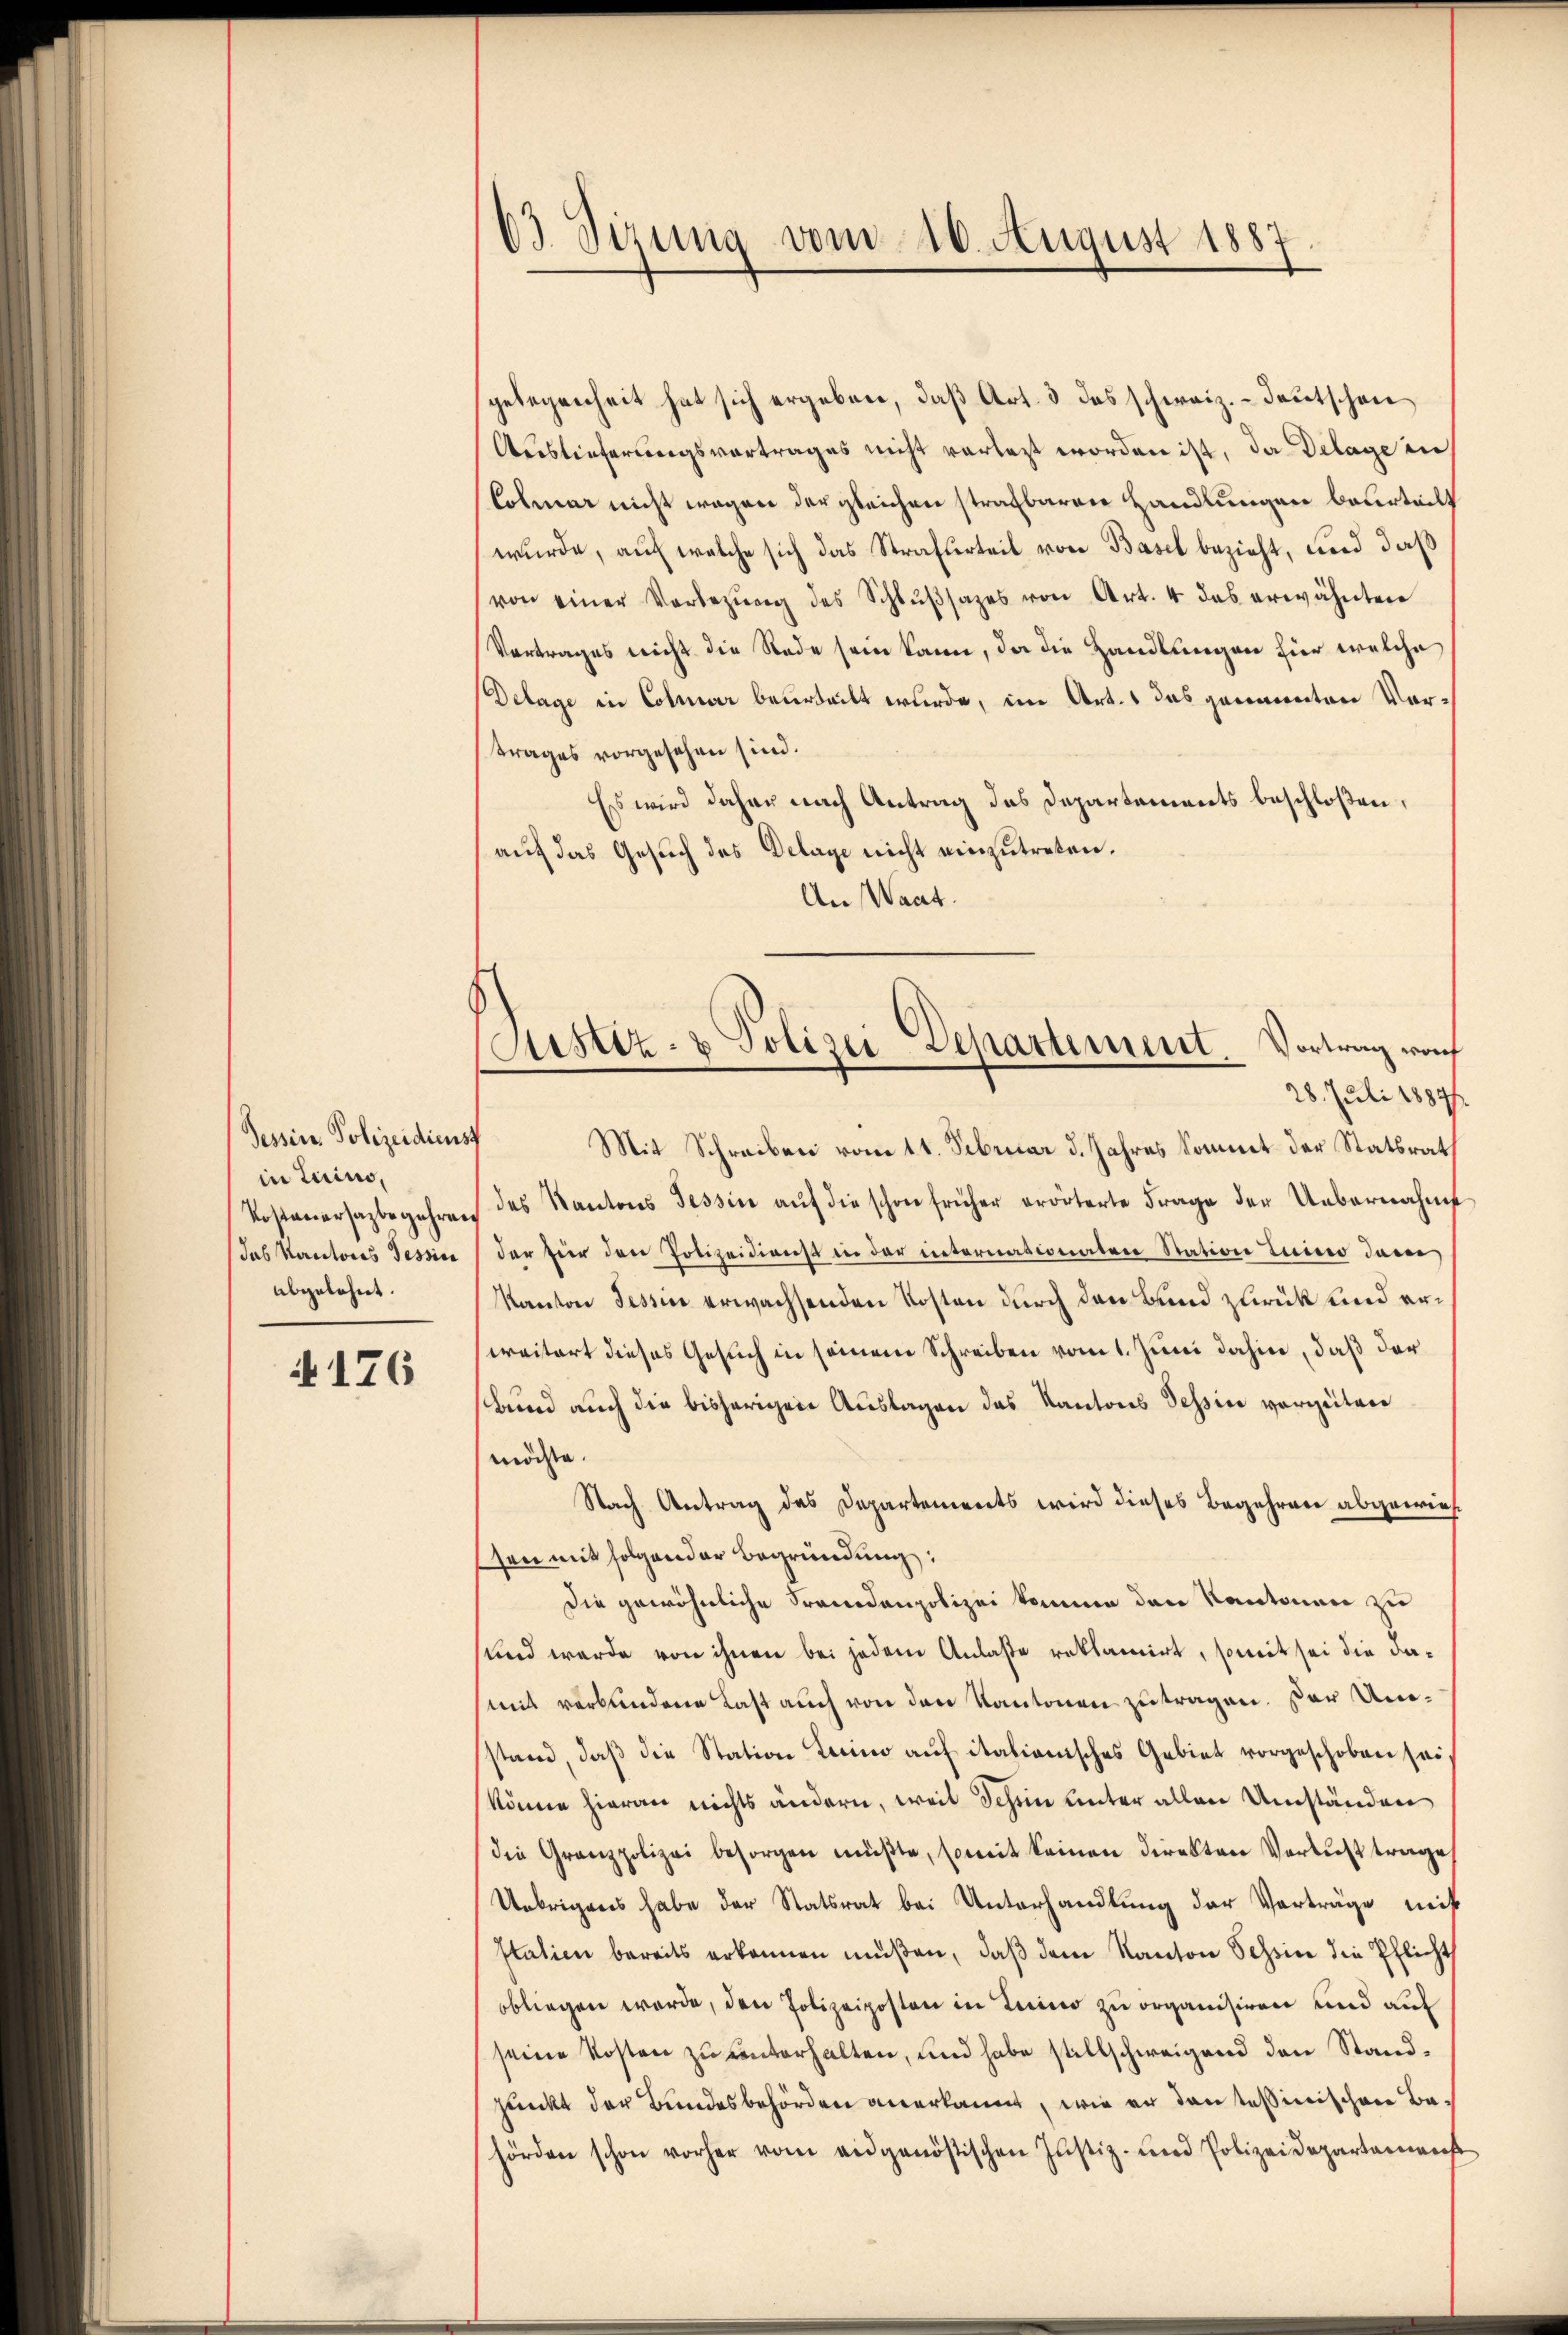
Tessin Polizeidienst
in Turino,
Kostenersagbegehren
Jas Kantons Tessin
abgelehnt.

N 176

03. Sizung vom 16. August 1887

gelegenheit hat sich ergeben, daß Art. 3 das schweiz.- Deutschen
Auslieferungsvortrages nicht vorlegt worden ist, da Delage in
Colmar nicht wegen der gleichen strafbaren Handlungen beurteilt
wurde, auf welche sich das Strafurteil von Basel bezieht, und daß
(von einer Verbezŭg des Schlŭβsazes von Art. 4 das erwähnten
Vortrages nicht die Rede sein kann, da die Handlungen für welche
Delage in Colmar beurteilt wurde, im Art. 1 das genannten Vortrages vorgesehen sind.
Es wird daher nach Antrag des Departements beschloßen,
auf das Gesuch des Delage nicht einzutreten.
An Waat.
Mit Schreiben vom 11. Februar d. Jahres kommt der Statsrath
des Kantons Tessin aŭf die schon früher erörterte Frage der Uebernahme
der für den Polizeidienst in der internationaten Station tuino dem
Kanton Tessin erwachsenden Kosten durch den Band zurück und erweitert dieses Gesuch in seinem Schreiben vom 1. Juni dahin, daß der
Bund auch die bisherigen Auslagen das Kantons Tessin vorzeiten
möchte.
Nach Antrag des Departements wird dieses Begehren abgewiessen mit folgender Begründung:
Die gewöhnliche Fremdenpolizei komme den Kantonen zu
und werde von ihnen bei jedem Anlaße reklamirt, somit sei die damit verbundene Last auch von den Kantonen zu tragen. Dor Umsstand, daß die Station Lecino auf italianisches Gebiet vorgeschoben sei,
könne hieran nichts ändern, weil Schön unter allen Umständen
die Granzpolizei besorgen müβte, somit keinen direkten Verlust trage
Uebrigens habe der Statsrat bei Unterhandlung der Vorträge mit
Italien bereits erkennen müßen, daß dem Kanton Schin die Pflicht
obliegen werde, den Polizeiposten in Luino zu organisiren und auf
seine Kosten zu unterhalten, und habe stillschweigend den Standpunkt der Bundesbehörden anerkannt, wie er den Teßinischen Behörden schon vorher vom eidgenößischen Justiz- und Polizeidepartamens

Justiz- & Polizei Departement. Vortrag woh
28. Juli 1884/